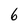
Character: 6